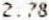
2.78